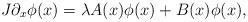
LaTeX: \begin{align*} J\partial_x\phi(x)=\lambda A(x)\phi(x)+B(x)\phi(x), \end{align*}